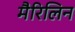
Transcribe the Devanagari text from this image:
मैरिलिन